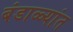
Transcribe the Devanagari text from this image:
बंडाळ्यांत